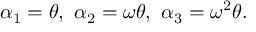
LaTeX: \alpha _ { 1 } = \theta , \ \alpha _ { 2 } = \omega \theta , \ \alpha _ { 3 } = \omega ^ { 2 } \theta .